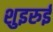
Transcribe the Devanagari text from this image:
शुइरुई